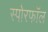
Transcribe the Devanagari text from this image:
स्पोरफॉल